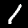
Digit: 1